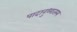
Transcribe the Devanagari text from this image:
पादानुध्यातस्य